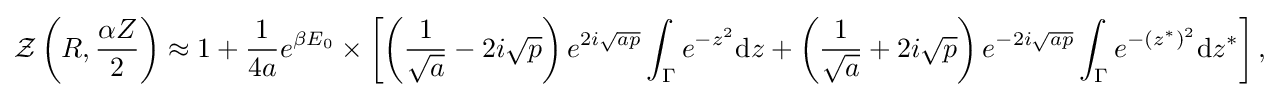
{\begin{aligned}{\mathcal {Z}}\left(R,{\frac {\alpha Z}{2}}\right)\approx 1+{\frac {1}{4a}}e^{\beta E_{0}}\times \left[\left({\frac {1}{\sqrt {a}}}-2i{\sqrt {p}}\right)e^{2i{\sqrt {ap}}}\int _{\Gamma }e^{-z^{2}}{\mathrm {d} }z+\left({\frac {1}{\sqrt {a}}}+2i{\sqrt {p}}\right)e^{-2i{\sqrt {ap}}}\int _{\Gamma }e^{-\left(z^{\ast }\right)^{2}}{\mathrm {d} }z^{\ast }\right],\\\end{aligned}}